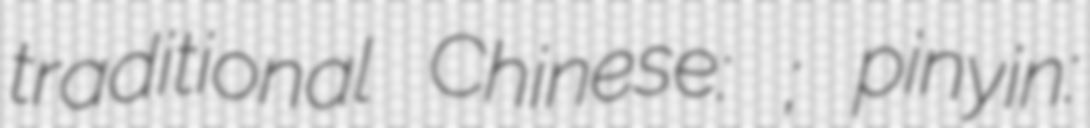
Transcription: traditional Chinese: 勐煥街道; pinyin: